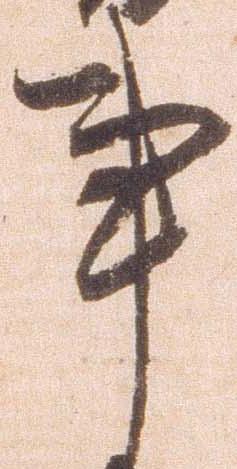
事